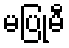
မပြုမီ